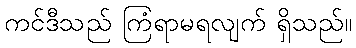
ကင်ဒီသည် ကြံရာမရလျက် ရှိသည်။